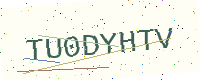
Text: TU0DYHTV